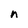
Character: n